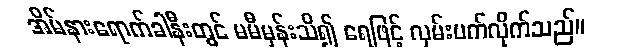
အိမ်နားရောက်ခါနီးတွင် မမီမှန်းသိ၍ ရေဖြင့် လှမ်းပက်လိုက်သည်။